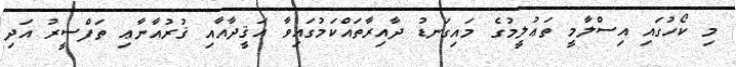
މި ކޯހުގައި އިސްލާމީ ތަޢުލީމުގެ މައިގަނޑު ދާއިރާތައްކަމުގައިވާ އަޤީދާއާއި ޤުރުއާނާޢި ތަފްސީރު އަދި